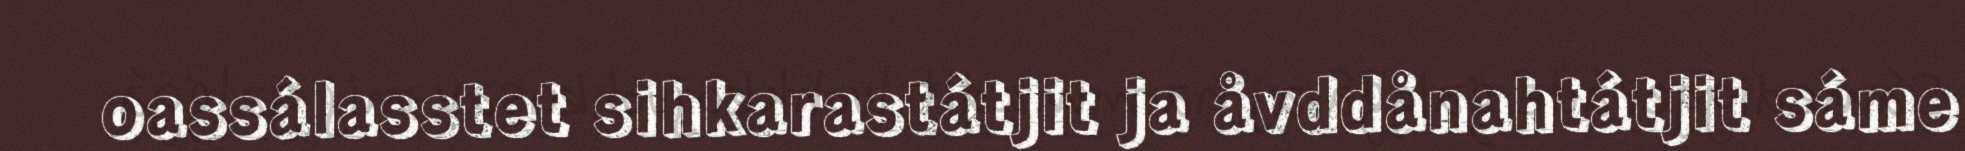
oassálasstet sihkarastátjit ja åvddånahtátjit sáme